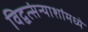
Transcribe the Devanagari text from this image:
विद्वत्संन्याशांमध्ये